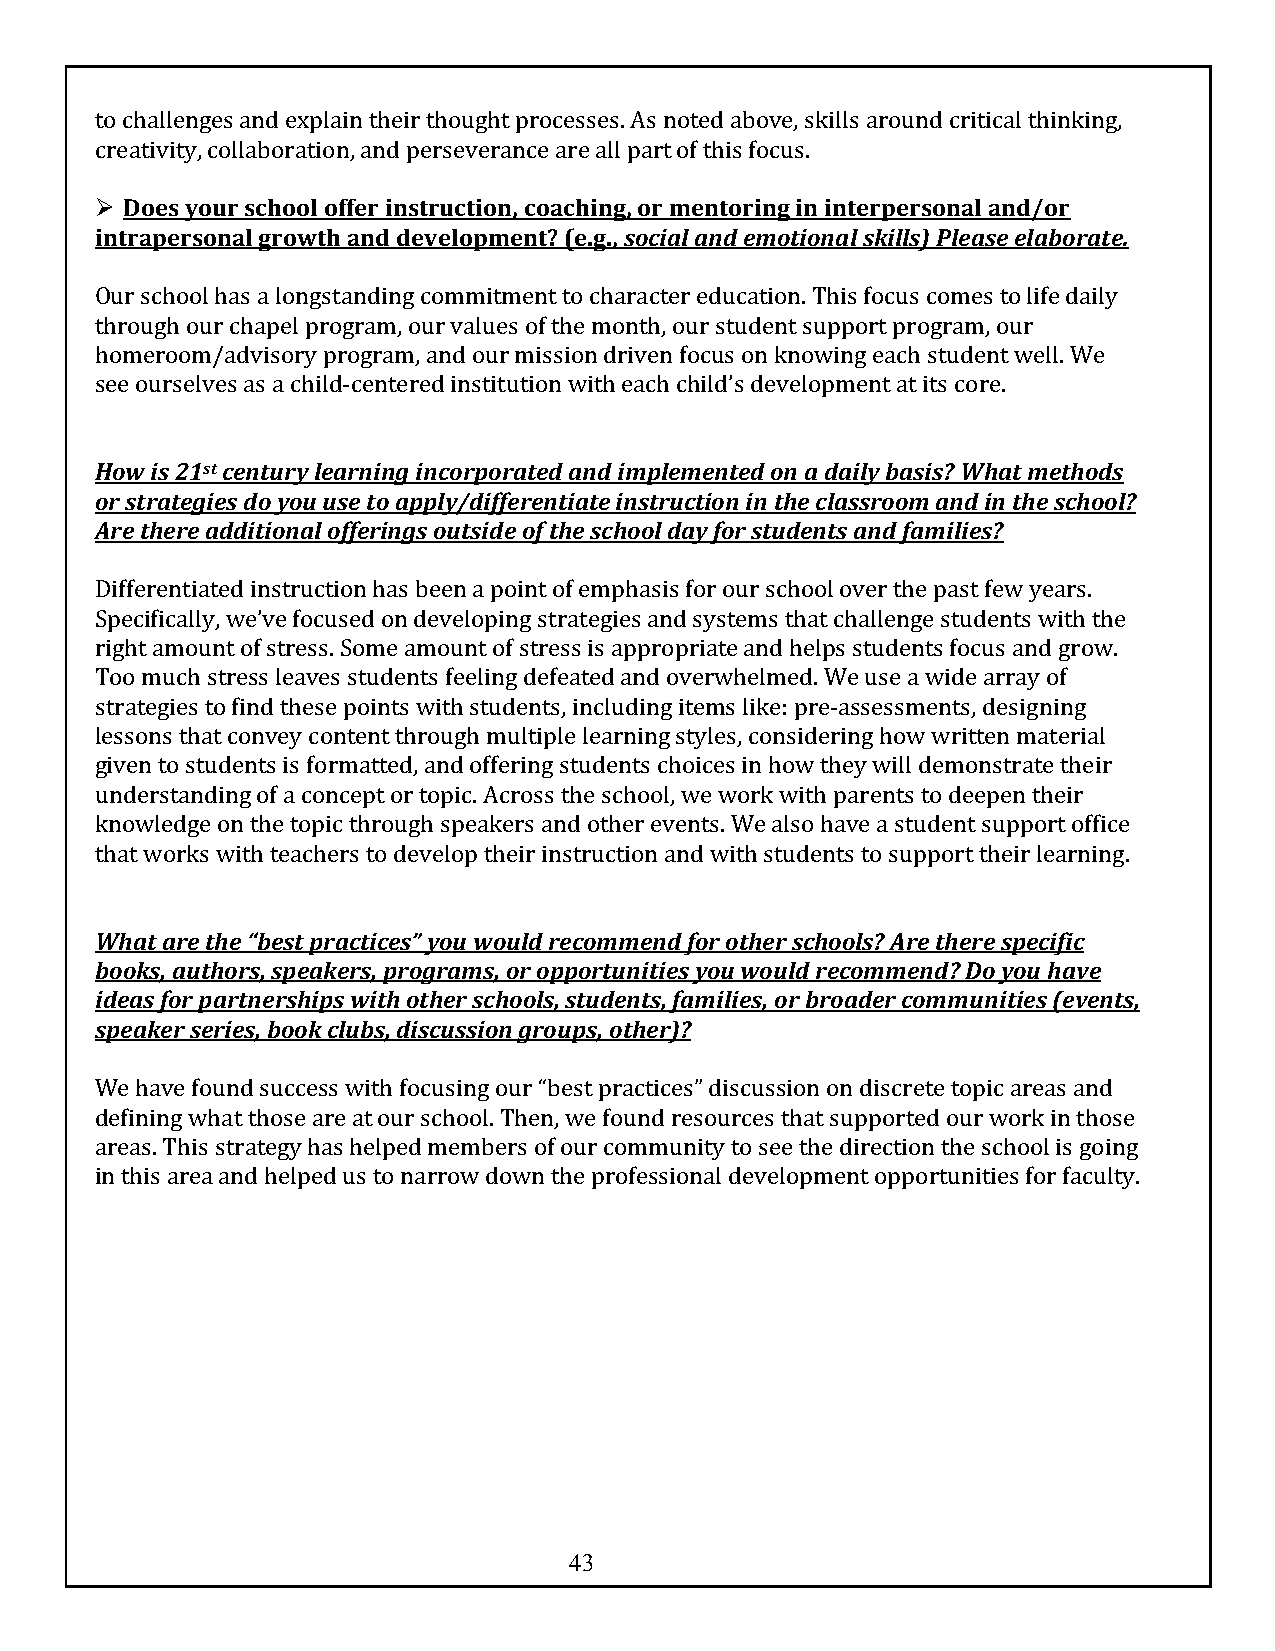
to challenges and explain their thought processes. As noted above, skills around critical thinking,
 creativity, collaboration, and perseverance are all part of this focus.
 Ø Does your school offer instruction, coaching, or mentoring in interpersonal and/or
 intrapersonal growth and development? (e.g., social and emotional skills) Please elaborate.
 Our school has a longstanding commitment to character education. This focus comes to life daily
 through our chapel program, our values of the month, our student support program, our
 homeroom/advisory program, and our mission driven focus on knowing each student well. We
 see ourselves as a child-centered institution with each child’s development at its core.
 How is 21st century learning incorporated and implemented on a daily basis? What methods
 or strategies do you use to apply/differentiate instruction in the classroom and in the school?
 Are there additional offerings outside of the school day for students and families?
 Differentiated instruction has been a point of emphasis for our school over the past few years.
 Specifically, we’ve focused on developing strategies and systems that challenge students with the
 right amount of stress. Some amount of stress is appropriate and helps students focus and grow.
 Too much stress leaves students feeling defeated and overwhelmed. We use a wide array of
 strategies to find these points with students, including items like: pre-assessments, designing
 lessons that convey content through multiple learning styles, considering how written material
 given to students is formatted, and offering students choices in how they will demonstrate their
 understanding of a concept or topic. Across the school, we work with parents to deepen their
 knowledge on the topic through speakers and other events. We also have a student support office
 that works with teachers to develop their instruction and with students to support their learning.
 What are the “best practices” you would recommend for other schools? Are there specific
 books, authors, speakers, programs, or opportunities you would recommend? Do you have
 ideas for partnerships with other schools, students, families, or broader communities (events,
 speaker series, book clubs, discussion groups, other)?
 We have found success with focusing our “best practices” discussion on discrete topic areas and
 defining what those are at our school. Then, we found resources that supported our work in those
 areas. This strategy has helped members of our community to see the direction the school is going
 in this area and helped us to narrow down the professional development opportunities for faculty.
 43